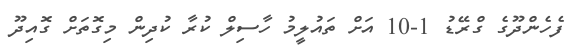
ފެހެންދޫގެ ގްރޭޑު 1-10 އަށް ތައުލީމު ހާސިލް ކުރާ ކުދިން މިގޮތަށް ގޮއިދޫ